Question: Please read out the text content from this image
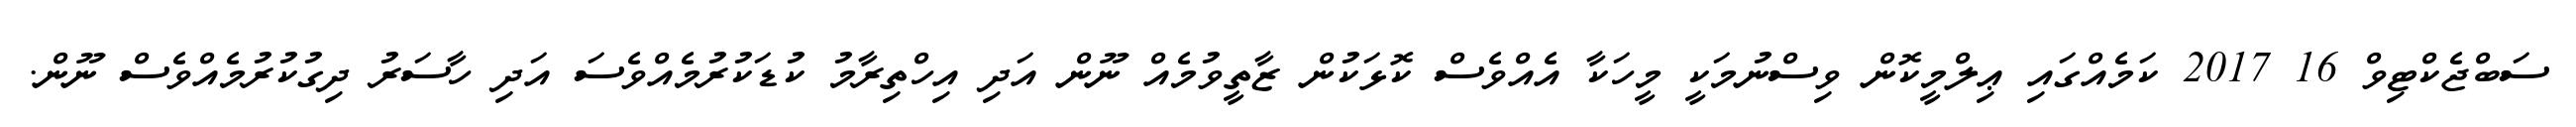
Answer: ސަބްޖެކްޓިވް 16 2017 ކަމެއްގައި ޢިލްމީކޮން ވިސްނުމަކީ މީހަކާ އެއްވެސް ކޮޅަކުން ޒާތީވުމެއް ނޫން އަދި އިހްތިރާމު ކުޑަކުރުމެއްވެސަ އަދި ހާސަރު ދިގުކުރުމެއްވެސް ނޫން.